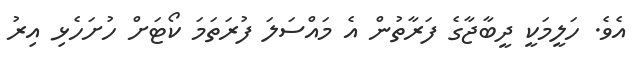
އެވެ. ހަލީމަކީ ދީބާޖާގެ ފަރާތުން އެ މައްސަލަ ފުރަތަމަ ކޯޓަށް ހުށަހެޅި އިރު